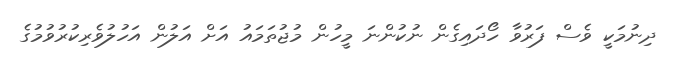
ދިނުމަކީ ވެސް ފަރުވާ ހޯދައިގެން ނުކުންނަ މީހުން މުޖުތަމައު އަށް އަލުން އަހުލުވެރިކުރުވުމުގެ